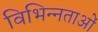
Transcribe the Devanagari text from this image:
विभिन्‍नताओं